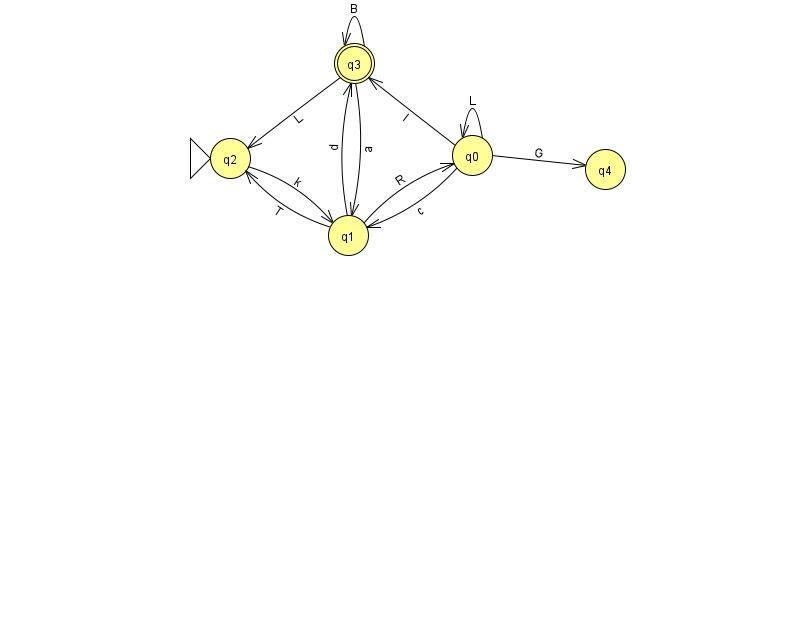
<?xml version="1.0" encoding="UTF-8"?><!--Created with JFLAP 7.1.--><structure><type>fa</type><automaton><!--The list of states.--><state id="0" name="q0"><x>472.0</x><y>142.0</y></state><state id="1" name="q1"><x>348.0</x><y>222.0</y></state><state id="2" name="q2"><x>230.0</x><y>145.0</y><initial/></state><state id="3" name="q3"><x>354.0</x><y>50.0</y><final/></state><state id="4" name="q4"><x>605.0</x><y>156.0</y></state><!--The list of transitions.--><transition><from>0</from><to>4</to><read>G</read></transition><transition><from>1</from><to>2</to><read>T</read></transition><transition><from>3</from><to>3</to><read>B</read></transition><transition><from>0</from><to>3</to><read>l</read></transition><transition><from>3</from><to>2</to><read>L</read></transition><transition><from>1</from><to>0</to><read>R</read></transition><transition><from>0</from><to>1</to><read>c</read></transition><transition><from>1</from><to>3</to><read>d</read></transition><transition><from>0</from><to>0</to><read>L</read></transition><transition><from>3</from><to>1</to><read>a</read></transition><transition><from>2</from><to>1</to><read>k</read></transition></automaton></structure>